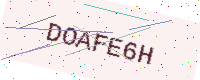
Text: DOAFE6H